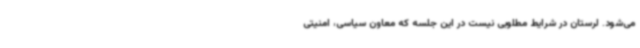
می‌شود. لرستان در شرایط مطلوبی نیست در این جلسه که معاون سیاسی، امنیتی